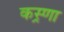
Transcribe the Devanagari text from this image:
कस्र्णा